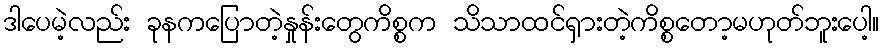
ဒါပေမဲ့လည်း ခုနကပြောတဲ့နှုန်းတွေကိစ္စက သိသာထင်ရှားတဲ့ကိစ္စတော့မဟုတ်ဘူးပေါ့။